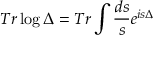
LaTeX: T r \log \Delta = T r \int \frac { d s } { s } e ^ { i s \Delta }